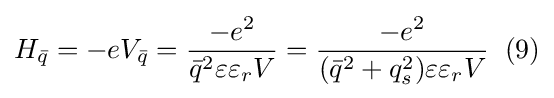
H_{\bar {q}}=-eV_{\bar {q}}={\frac {-e^{2}}{{\bar {q}}^{2}\varepsilon \varepsilon _{r}V}}={\frac {-e^{2}}{({\bar {q}}^{2}+q_{s}^{2})\varepsilon \varepsilon _{r}V}}\;\;(9)